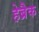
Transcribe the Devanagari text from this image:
हेब्रैक